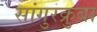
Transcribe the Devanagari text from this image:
सांगुरक्रुबा